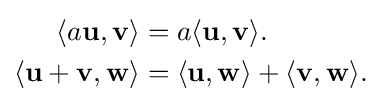
{\begin{aligned}\langle a\mathbf {u} ,\mathbf {v} \rangle &=a\langle \mathbf {u} ,\mathbf {v} \rangle .\\\langle \mathbf {u} +\mathbf {v} ,\mathbf {w} \rangle &=\langle \mathbf {u} ,\mathbf {w} \rangle +\langle \mathbf {v} ,\mathbf {w} \rangle .\end{aligned}}